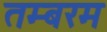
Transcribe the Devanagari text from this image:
तम्बरम